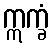
ဣက္ခံ